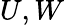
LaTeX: U,W